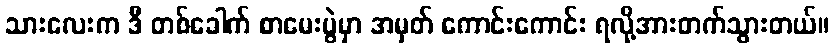
သားလေးက ဒီ တစ်ခေါက် စာမေးပွဲမှာ အမှတ် ကောင်းကောင်း ရလို့အားတက်သွားတယ်။